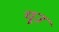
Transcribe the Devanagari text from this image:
यूउ